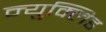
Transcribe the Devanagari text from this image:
न्युक्लिड